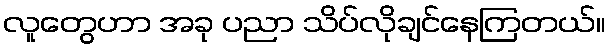
လူတွေဟာ အခု ပညာ သိပ်လိုချင်နေကြတယ်။